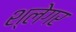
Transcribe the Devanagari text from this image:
श्लेगर